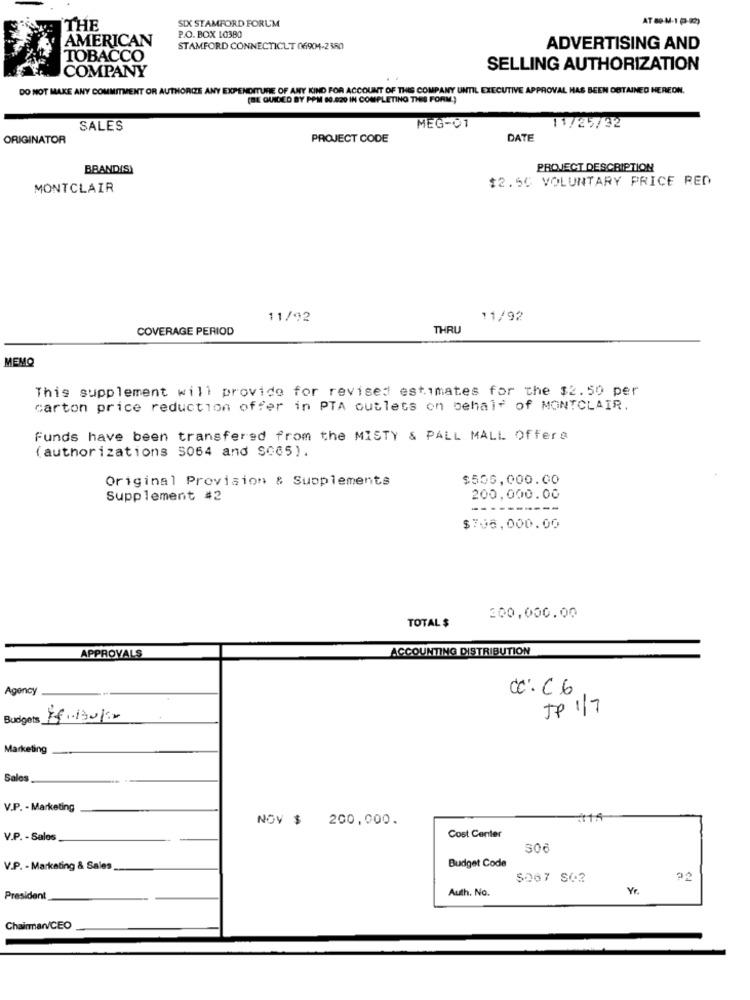
THE
SIX STAMFORD FORUM
AMERICAN
P.O. BOX 10380
STAMFORD CONNECTICUT 06904-2380
ADVERTISING AND
TOBACCO
SELLING AUTHORIZATION
COMPANY
DO NOT MAKE ANY COMMITMENT OR AUTHORIZE ANY EXPENDITURE OF ANY KIND FOR ACCOUNT OF THIS COMPANY UNTIL EXECUTIVE APPROVAL HAS BEEN DETAINED HEREON.
(BE GUIDED BY PPM 80.820 IN COMPLETING THE FORM.)
SALES
MEG-01
11/25/92
ORIGINATOR
PROJECT CODE
DATE
BRANDIS)
PROJECT DESCRIPTION
$2.50 VOLUNTARY PRICE RED
MONTCLAIR
11/92
11/92
COVERAGE PERIOD
THRU
MEMQ
This supplement will provide for revised estimates for the $2.50 per
carton price reduction offer in PTA outlets on behalf of MONTCLAIR.
Funds have been transfered from the MISTY & PALL MALL Offers
(authorizations 5064 and S085).
Original Provision & Supplements
$506,000.00
Supplement #2
200,000.00
------
$708,000.00
200.000.00
TOTAL $
ACCOUNTING DISTRIBUTION
APPROVALS
Agency
CC : C6
JP 1/7
Budgets Rf.130Kr
Marketing
Sales
V.P. - Marketing
NOV $ 200,000.
V.P. - Salos
Cost Center
506
V.P. - Marketing & Sales
Budget Code
5067 SC2
92
Auth. No.
Yr
President
Chairmanv/CEO